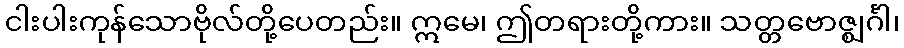
ငါးပါးကုန်သောဗိုလ်တို့ပေတည်း။ ဣမေ၊ ဤတရားတို့ကား။ သတ္တဗောဇ္ဈင်္ဂါ၊